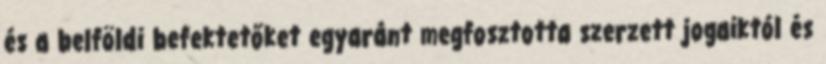
és a belföldi befektetőket egyaránt megfosztotta szerzett jogaiktól és